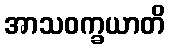
အာသဝက္ခယာတိ